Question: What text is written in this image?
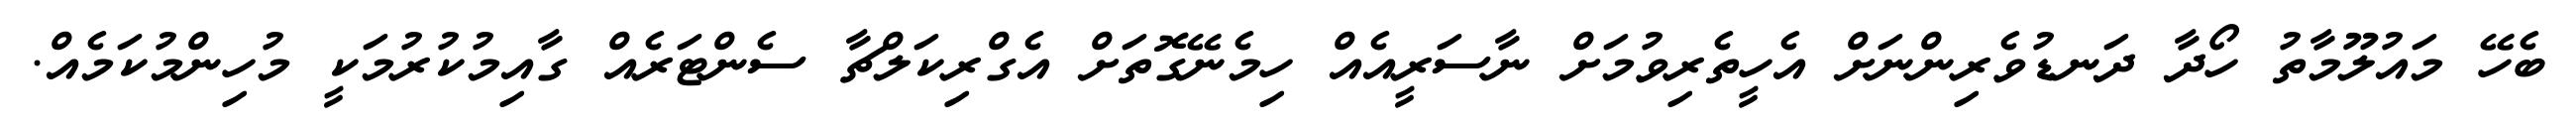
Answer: ބެހޭ މައުލޫމާތު ހޯދާ ދަނޑުވެރިންނަށް އެހީތެރިވުމަށް ނާސަރީއެއް ހިމެނޭގޮތަށް އެގްރިކަލްޗާ ސެންޓަރެއް ގާއިމުކުރުމަކީ މުހިންމުކަމެއް.